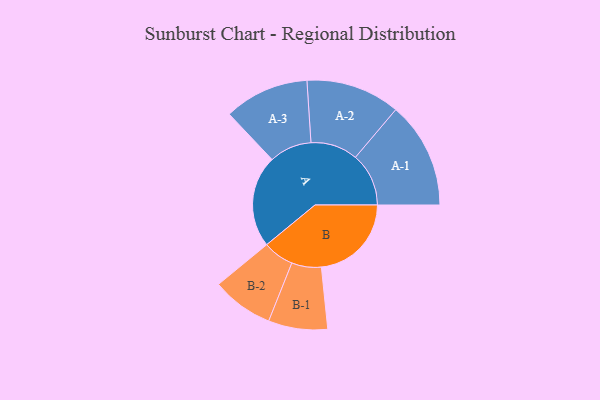
{"axis": {"x": "Segment", "y": "Value"}, "legend": ["", "A", "B"], "data": [{"x": "A", "y": 358, "type": ""}, {"x": "B", "y": 350, "type": ""}, {"x": "A-1", "y": 207, "type": "A"}, {"x": "A-2", "y": 183, "type": "A"}, {"x": "A-3", "y": 165, "type": "A"}, {"x": "B-1", "y": 115, "type": "B"}, {"x": "B-2", "y": 120, "type": "B"}]}